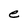
Character: e